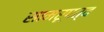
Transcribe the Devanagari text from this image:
सामरूपत्व